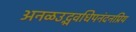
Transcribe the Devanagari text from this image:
अनळउद्भवधिपनंदनप्रिय